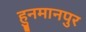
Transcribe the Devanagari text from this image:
हुनमानपुर